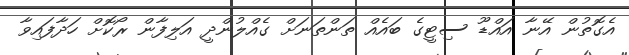
އެގޮތުން އޭނާ އައްޑޫ ސިޓީގެ ބައެއް ތަންތަނަށް ގެއްލުންދީ އަލިފާން ރޯކޮށް ހަދާފައިވާ